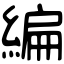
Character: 編